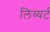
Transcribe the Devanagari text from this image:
लिय्यर्ट